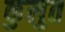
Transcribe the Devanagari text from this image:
कुलुत